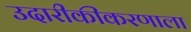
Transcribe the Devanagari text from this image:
उदारीकीकरणाला